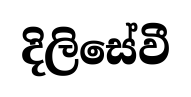
දිලිසේවී